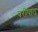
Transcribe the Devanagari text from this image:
परीपाठ